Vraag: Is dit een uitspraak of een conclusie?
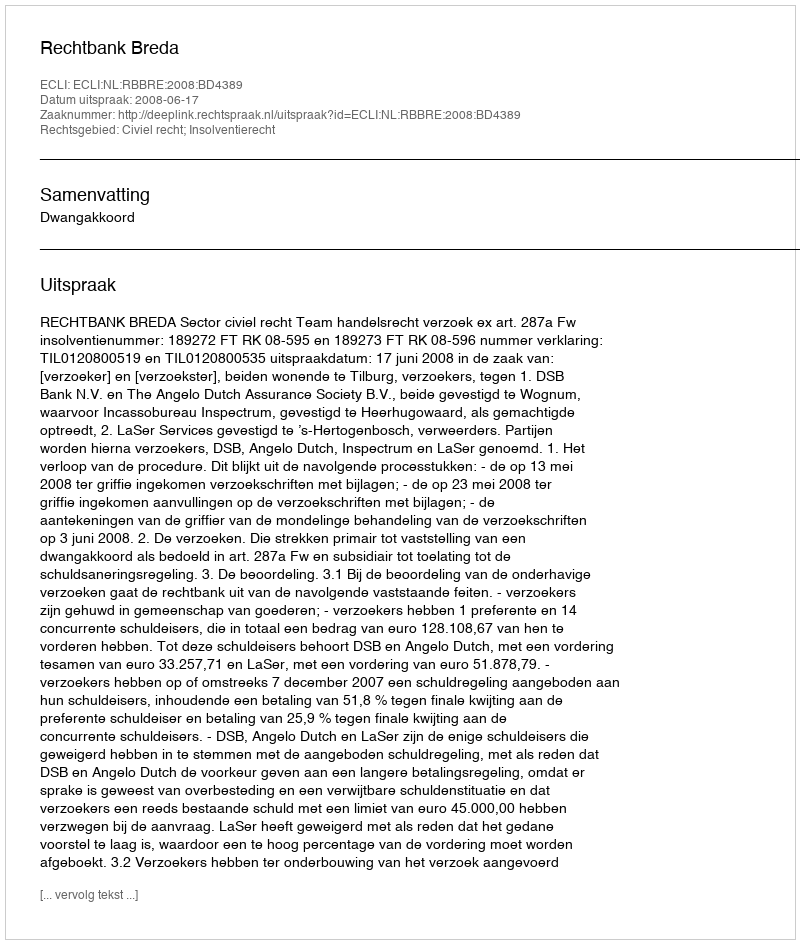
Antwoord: Uitspraak